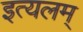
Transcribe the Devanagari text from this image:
इत्यलम्